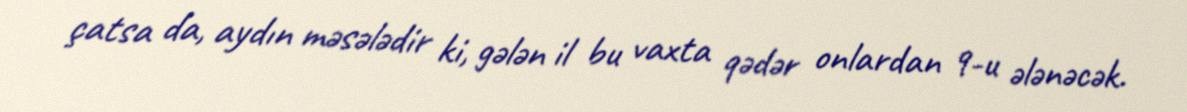
çatsa da, aydın məsələdir ki, gələn il bu vaxta qədər onlardan 9-u ələnəcək.